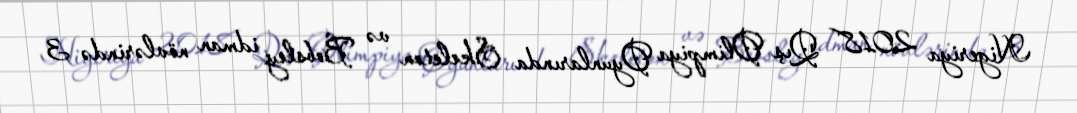
Nigeriya 2018 Qış Olimpiya Oyunlarında Skeleton və Bobsley idman növlərində 3